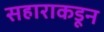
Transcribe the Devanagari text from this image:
सहाराकडून